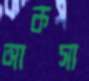
আকসা